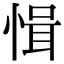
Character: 𢜱